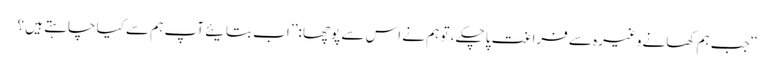
‘‘ جب ہم کھانے وغیرہ سے فراغت پاچکے ، تو ہم نے اس سے پوچھا :’’ اب بتایئے آپ ہم سے کیا چاہتے ہیں ؟